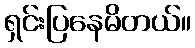
ရှင်းပြနေမိတယ်။